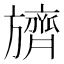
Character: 𬀛